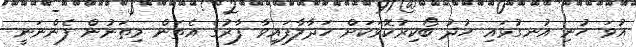
އުވަ ހުނި އުނގުޅައި ހުދު ބޯކިރުކޮޅަކަށް ހަދާލާފައިވާ ފާރުގެ އެތަން މިތަނުން ފެންނަނީ